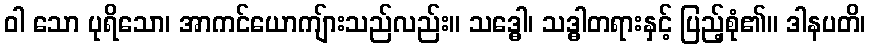
ဝါ သော ပုရိသော၊ အာကင်ယောကျ်ားသည်လည်း။ သဒ္ဓေါ၊ သဒ္ဓါတရားနှင့် ပြည့်စုံ၏။ ဒါနပတိ၊